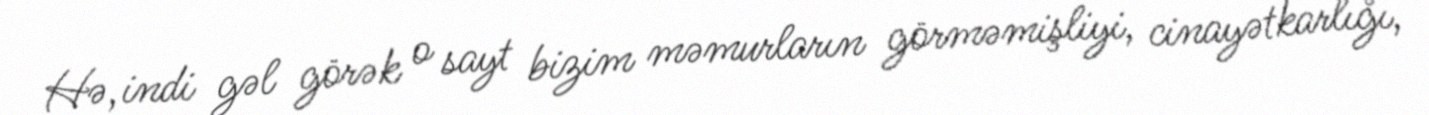
Hə, indi gəl görək o sayt bizim məmurların görməmişliyi, cinayətkarlığı,